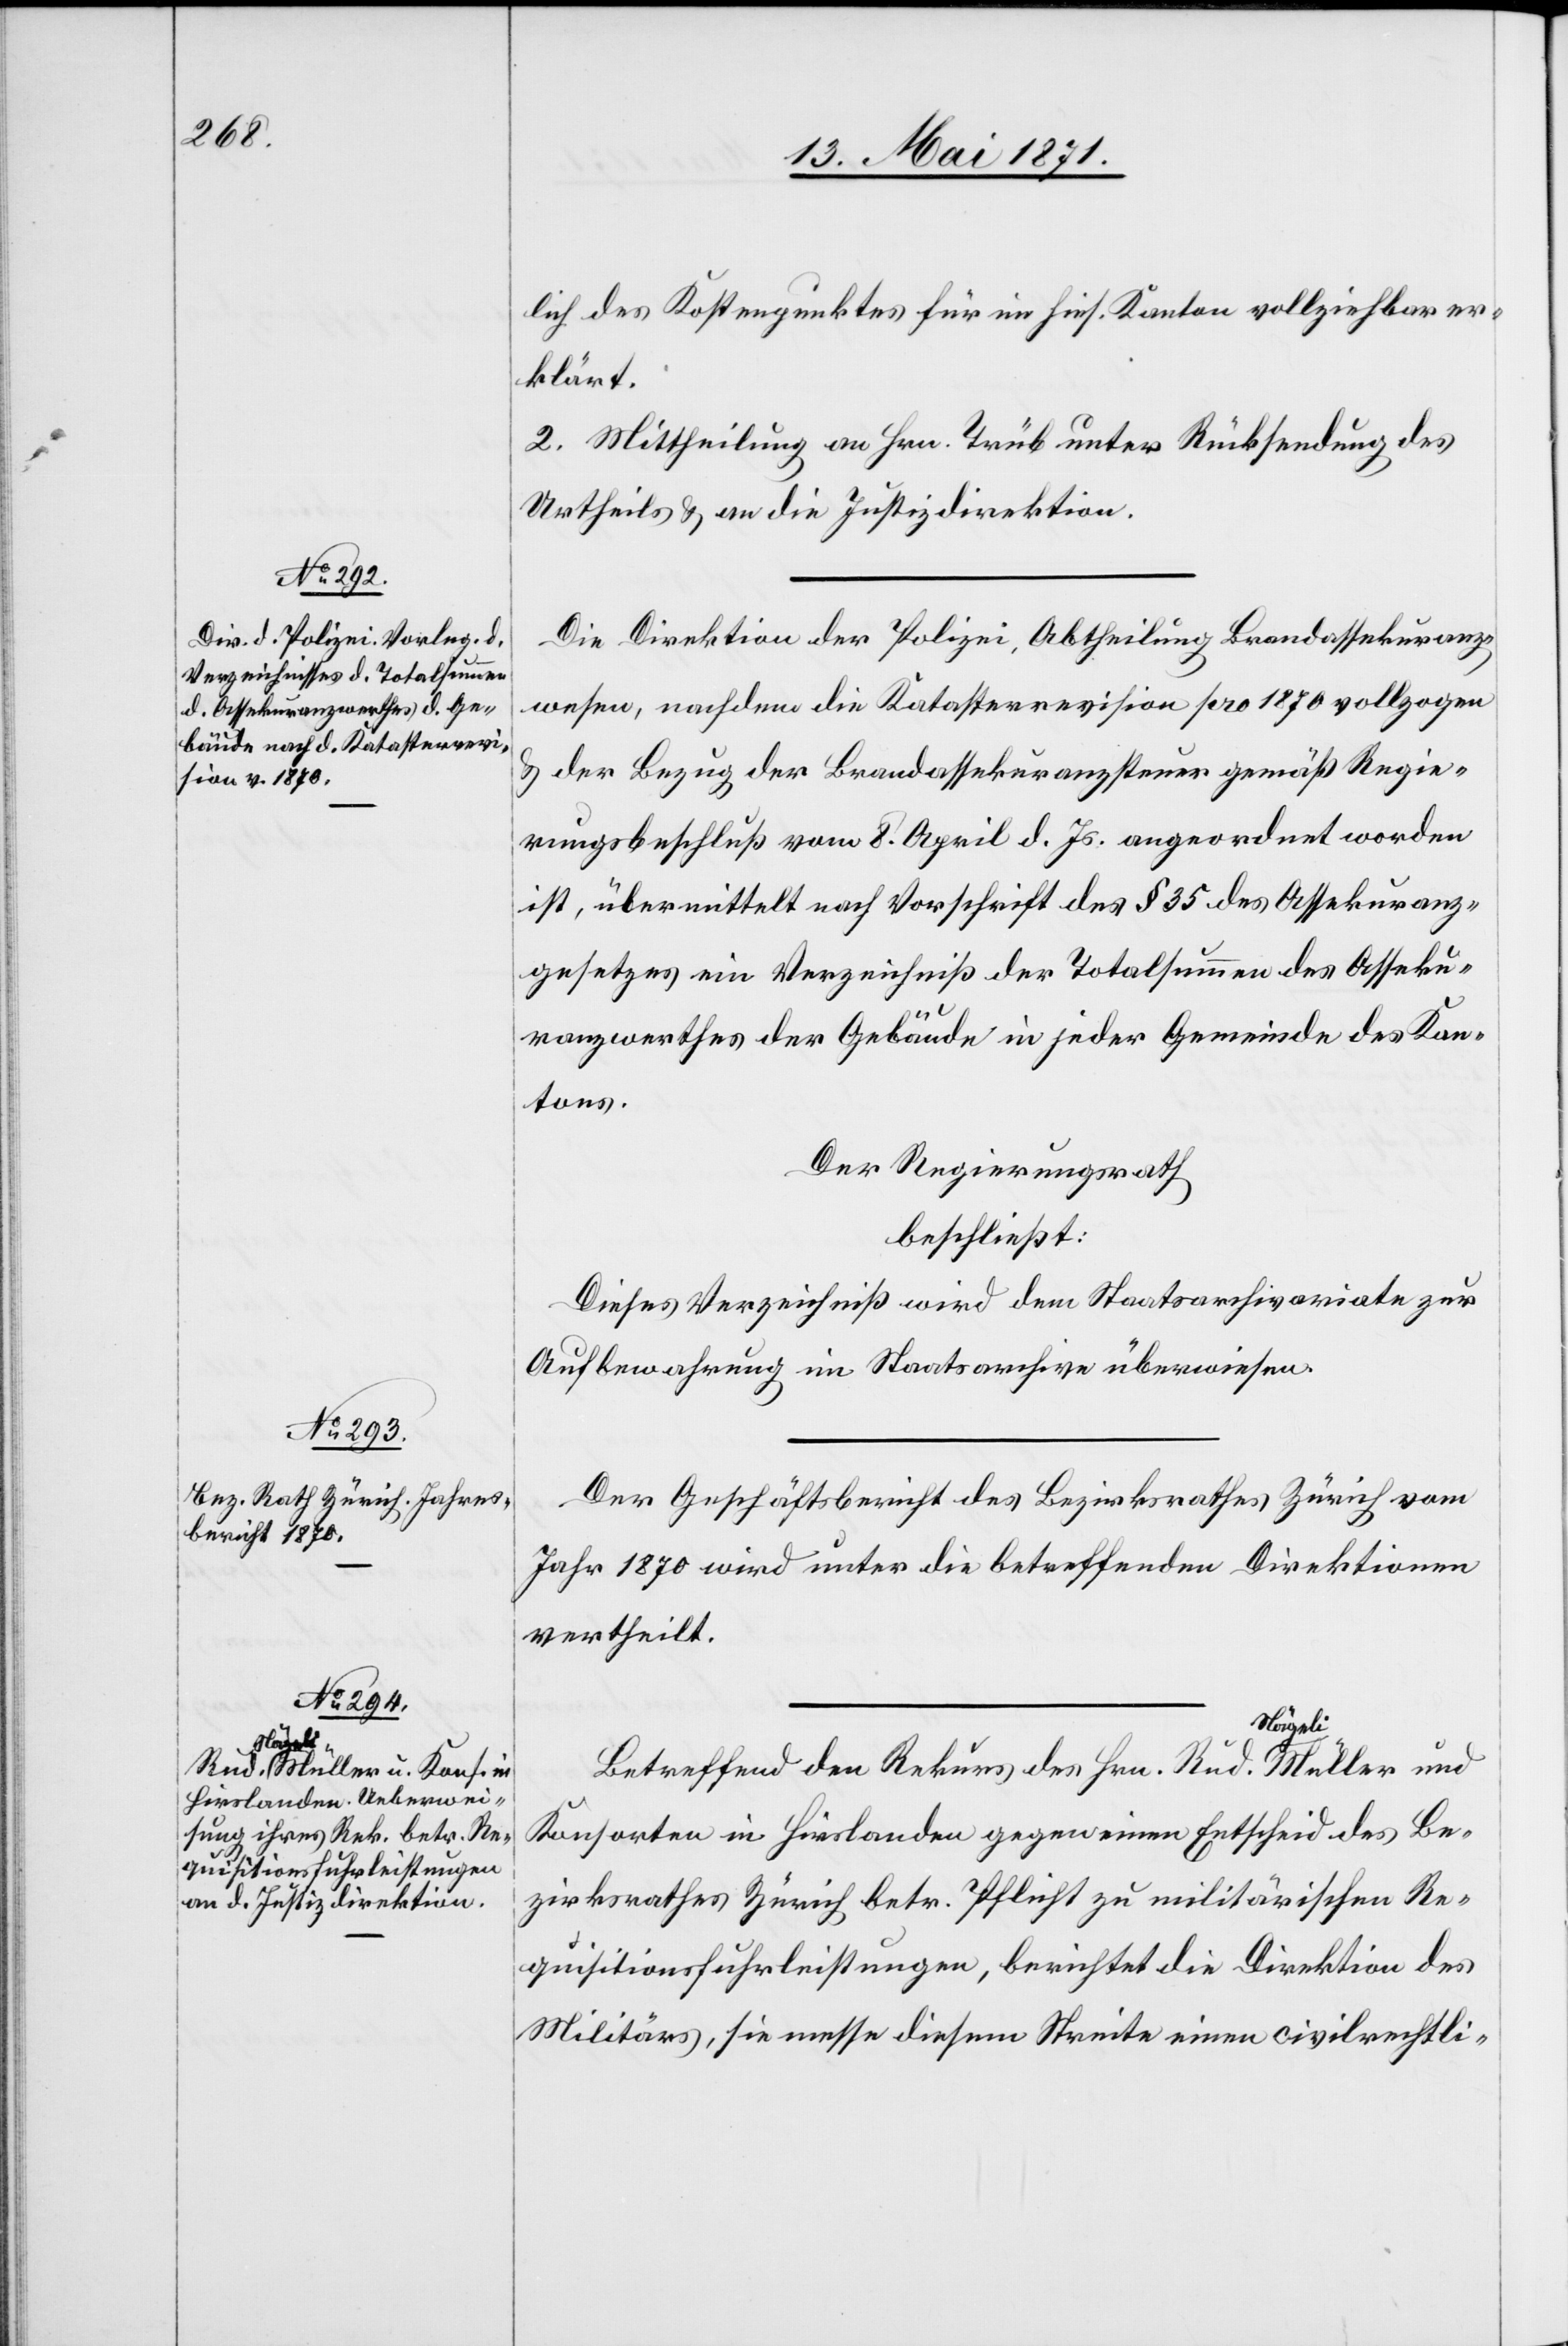
Müller und

lich des Kostenpunktes für im hies. Kanton vollziehbar er¬
klärt.
2. Mittheilung an Hrn. Trüb unter Rücksendung des
Urtheils u. an die Justizdirektion.
die Direktion der Polizei, Abtheilung Brandassekuranz¬
wesen, nachdem die Katasterrevision pro 1870 vollzogen
u. der Bezug der Brandassekuranzsteuer gemäß Regie¬
rungsbeschluß vom 8. April d. Js. angeordnet worden
ist, übermittelt nach Vorschrift des § 35 des Assekuranz¬
gesetzes ein Verzeichniß der Totalsummen des Asseku¬
ranzwerthes der Gebäude in jeder Gemeinde des Kan¬
tons.
Der Regierungsrath
beschließt:
Dieses Verzeichniß wird dem Staatsarchivariate zur
Aufbewahrung im Staatsarchive überwiesen.
Der Geschäftsbericht des Bezirksrathes Zürich vom
Jahr 1870 wird unter die betreffenden Direktionen
vertheilt.
Betreffend den Rekurs des Hrn. Rud. Nägeli
Konsorten in Hirslanden gegen einen Entscheid des Be¬
zirksrathes Zürich betr. Pflicht zu militärischen Re¬
quisitionsfuhrleistungen, berichtet die Direktion des
Militärs, sie messe diesem Streite einen civilrechtli-